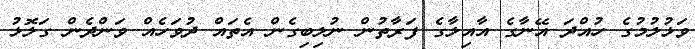
ވަޅުލުމުގެ ހުއްދަ އޭނާގެ އާއިލާގެ ފަރާތުން ނުލިބިގެން އެތައް ދުވަހެއް ވަންދެން ގަލޮޅު